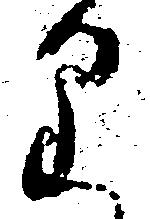
り